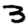
Digit: 3